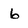
Character: 6